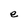
Character: e